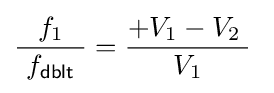
{\frac {f_{1}}{\ f_{\mathsf {dblt}}\ }}={\frac {+V_{1}-V_{2}\;}{V_{1}}}\